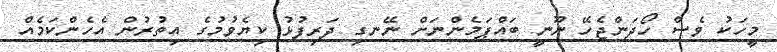
މީހަކު ވެސް ހޯދަންޖެހޭ ނޫނީ ބައްޕަމެންނަށް ނޭނގި ދަރިފުޅު ކިޔެވުމުގެ އިތުރުން އެހެންކަމެއް